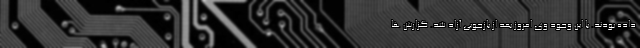
داده بودند. با این وجود وی امروز بعد از بازجویی آزاد شد. گزارش ها